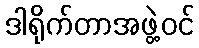
ဒါရိုက်တာအဖွဲ့ဝင်